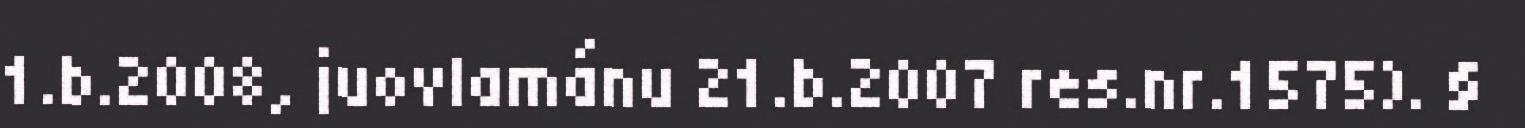
1.b.2008, juovlamánu 21.b.2007 res.nr.1575). §